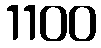
1100